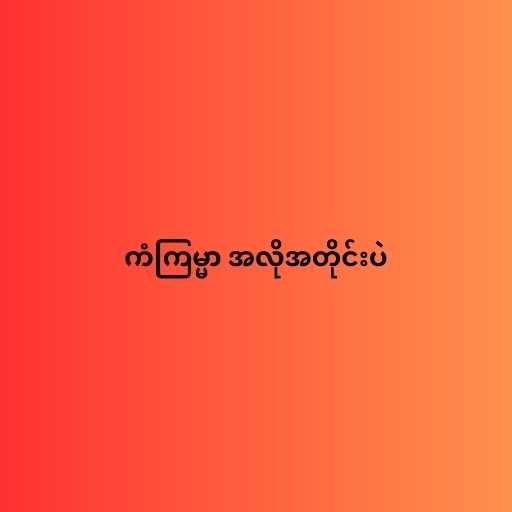
ကံကြမ္မာ အလိုအတိုင်းပဲ